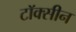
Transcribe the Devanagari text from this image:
टॉक्सीन